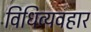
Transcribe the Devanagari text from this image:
विधिव्यवहार